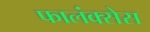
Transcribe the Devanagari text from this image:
फालंक्सेस